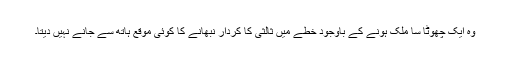
وہ ایک چھوٹا سا ملک ہونے کے باوجود خطے میں ثالثی کا کردار نبھانے کا کوئی موقع ہاتھ سے جانے نہیں دیتا۔